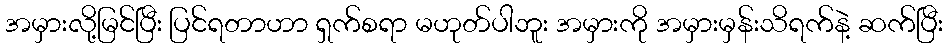
အမှားလို့မြင်ပြီး ပြင်ရတာဟာ ရှက်စရာ မဟုတ်ပါဘူး အမှားကို အမှားမှန်းသိရက်နဲ့ ဆက်ပြီး